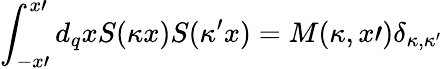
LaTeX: \int_{-x\prime}^{x\prime}d_{q}xS(\kappa x)S(\kappa^{\prime}x)=M(\kappa,x\prime)\delta_{\kappa,\kappa^{\prime}}